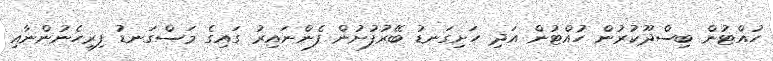
ހުއްޓުން ބިސްދޫކުރުން ހުއްޓުން އަދި ހަށިގަނޑު ބޭރުފުށުން ފެންނައިރު ގައިގެ މަސްގަނޑު ފިރިހެނުންނާއި